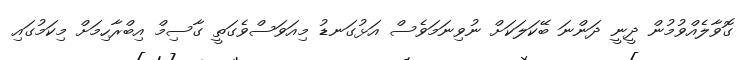
ގޮވާލެއްވުމުން ދީނީ ދަންނަ ބޭކަލަކަށް ނުވިނަމަވެސް އަޅުގަނޑު މިއަވަސްވެގަތީ ގާސިމް އިބްރާހިމަށް މިކަމުގައި